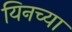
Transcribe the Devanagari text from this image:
यिनच्या